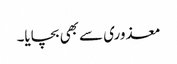
معذوری سے بھی بچایا۔